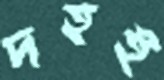
দহই